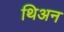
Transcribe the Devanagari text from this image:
थिअन